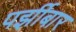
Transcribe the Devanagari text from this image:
पर्झीबार